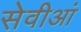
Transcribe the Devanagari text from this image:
सेवीआं